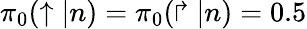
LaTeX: \pi_{0}(\uparrow|n)=\pi_{0}(\Rsh|n)=0.5